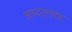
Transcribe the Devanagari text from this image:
अब्दल्लाह